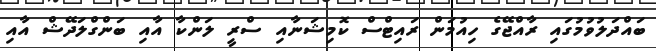
ބައްދަލުވުމުގައި ރާއްޖޭގެ ހިއުމަން ރައިޓްސް ކޮމިޝަނާއި ސްރީ ލަންކާ އާއި ބަންގްލަދޭޝް އާއި